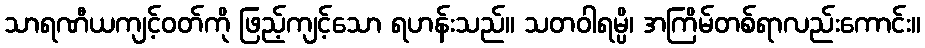
သာရဏီယကျင့်ဝတ်ကို ဖြည့်ကျင့်သော ရဟန်းသည်။ သတဝါရမ္ပိ၊ အကြိမ်တစ်ရာလည်းကောင်း။